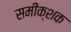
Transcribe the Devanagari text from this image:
समीक्शक